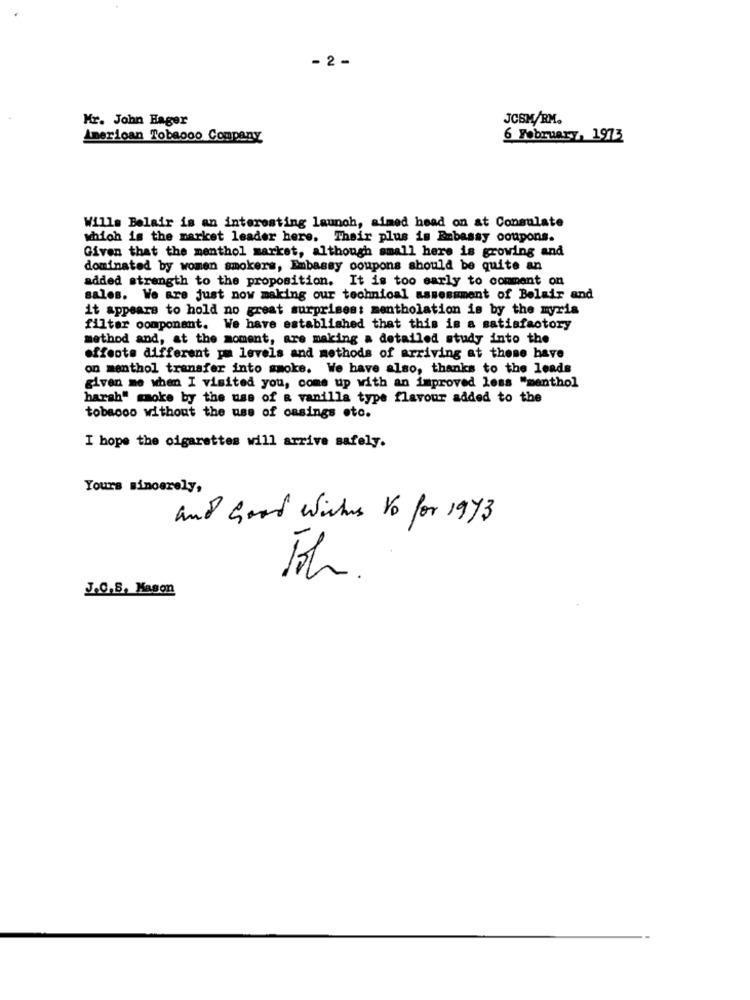
- 2 -
Mr. John Hager
JCBM/RM.
American Tobacco Company
6 February, 1973
Wills Belair is an interesting launch, aimed head on at Consulate
which is the market leader here. Their plus is Embassy coupons.
Given that the menthol market, although small here is growing and
dominated by women smokers, Embassy coupons should be quite an
added strength to the proposition. It is too early to comment on
sales. We are just now making our technical assessment of Belair and
it appears to hold no great surprises: mentholation is by the myris
filter component. We have established that this is a satisfactory
method and, at the moment, are making a detailed study into the
offoots different pm levels and methods of arriving at these have
on menthol transfer into smoke. We have also, thanks to the leads
given me when I visited you, come up with an improved less "menthol
harsh" smoke by the use of a vanilla type flavour added to the
tobacco without the use of casings etc.
I hope the cigarettes will arrive safely.
Yours sincerely,
and Good Wishes to for 1973
J.C.S. Mason